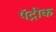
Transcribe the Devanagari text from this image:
पॅट्रीक